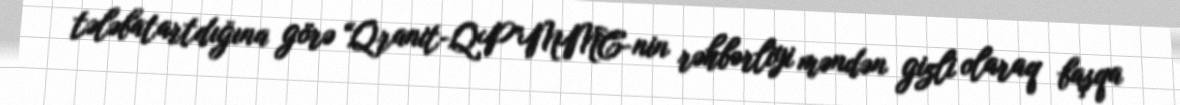
tələbatartdığına görə “Qranit-QP”MMC-nin rəhbərliyi məndən gizli olaraq başqa